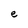
Character: e